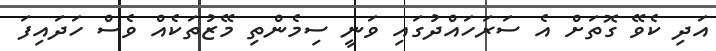
އަދި ކެވޭ ގޮތަށް އެ ސަރަހައްދުގައި ވަނީ ސިމެންތި މޭޒުތަކެއް ވެސް ހަދައިފަ